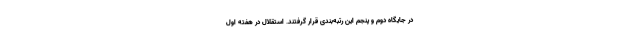
در جایگاه دوم و پنجم این رتبه‌بندی قرار گرفتند. استقلال در هفته اول